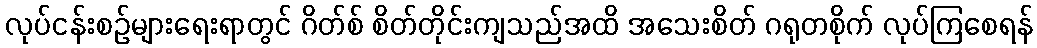
လုပ်ငန်းစဉ်များရေးရာတွင် ဂိတ်စ် စိတ်တိုင်းကျသည်အထိ အသေးစိတ် ဂရုတစိုက် လုပ်ကြစေရန်